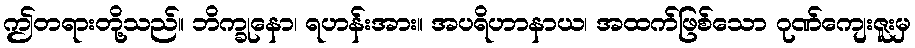
ဤတရားတို့သည်။ ဘိက္ခုနော၊ ရဟန်းအား။ အပရိဟာနာယ၊ အထက်ဖြစ်သော ဂုဏ်ကျေးဇူးမှ